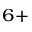
^ { 6 + }